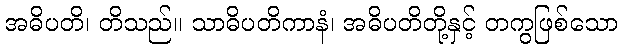
အဓိပတိ၊ တိသည်။ သာဓိပတိကာနံ၊ အဓိပတိတို့နှင့် တကွဖြစ်သော